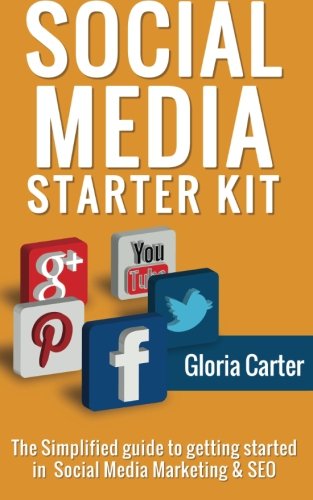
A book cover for The Social Media Starter Kit: The Simplified guide to Getting Started in Social; Kathy Moore; Business & Money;